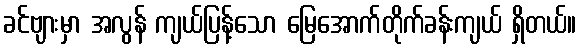
ခင်ဗျားမှာ အလွန် ကျယ်ပြန့်သော မြေအောက်တိုက်ခန်းကျယ် ရှိတယ်။